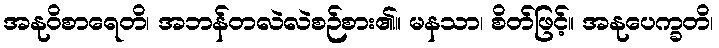
အနုဝိစာရေတိ၊ အဘန်တလဲလဲစဉ်စား၏။ မနသာ၊ စိတ်ဖြင့်။ အနုပေက္ခတိ၊